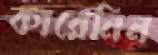
কারেনিন